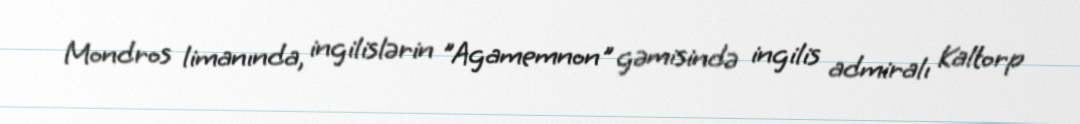
Mondros limanında, ingilislərin "Agamemnon" gəmisində ingilis admiralı Kaltorp